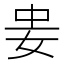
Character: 𭑲